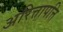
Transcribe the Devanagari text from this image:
अरित्तापत्ति